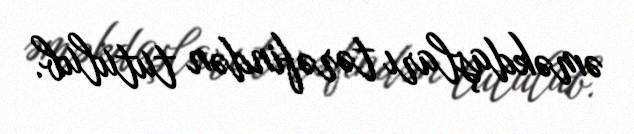
əməkdaşları tərəfindən tutulub.